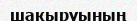
шақыруының